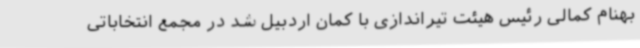
بهنام کمالی رئیس هیئت تیراندازی با کمان اردبیل شد در مجمع انتخاباتی